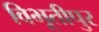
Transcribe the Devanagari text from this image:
विभूतीपुर